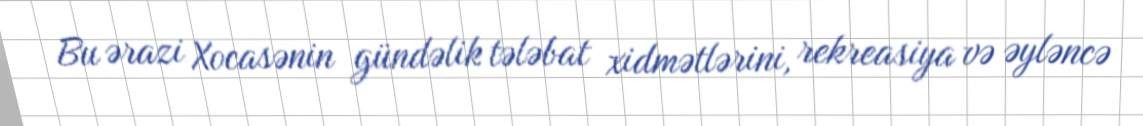
Bu ərazi Xocasənin gündəlik tələbat xidmətlərini, rekreasiya və əyləncə